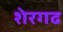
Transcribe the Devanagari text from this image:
शेरगढ